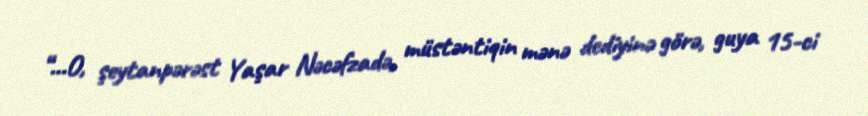
“…O, şeytanpərəst Yaşar Nəcəfzadə, müstəntiqin mənə dediyinə görə, guya 15-ci